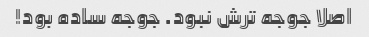
اصلا جوجه ترش نبود. جوجه ساده بود!